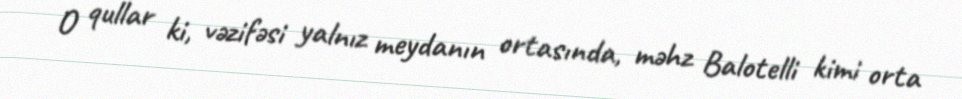
O qullar ki, vəzifəsi yalnız meydanın ortasında, məhz Balotelli kimi orta